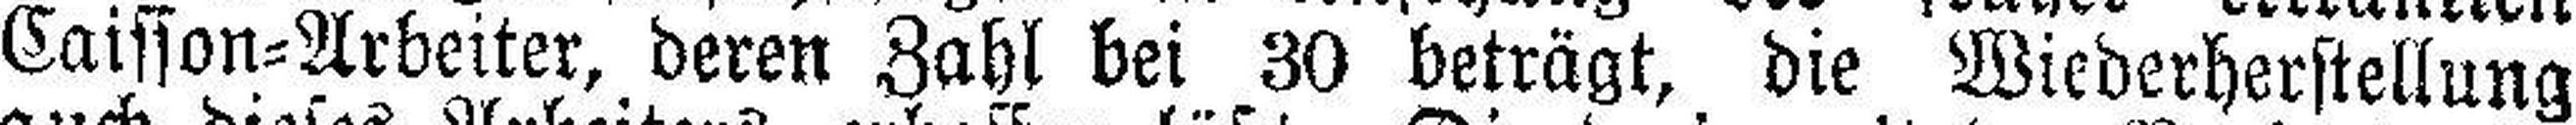
Caisson=Arbeiter, deren Zahl bei 30 beträgt, die Wiederherstellung